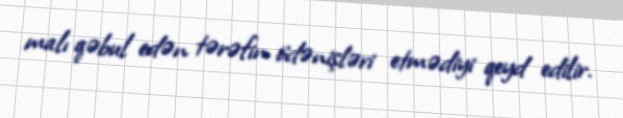
malı qəbul edən tərəfin ödənişləri etmədiyi qeyd edilir.